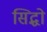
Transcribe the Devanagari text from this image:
सिद्धो